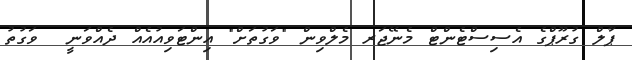
ޕާލް ގުރޫޕްގެ އެސިސްޓެންޓް މެނޭޖަރ މެލްވިން "ވަގުތަށް" އިންޓަވިއުއެއް ދެއްވަނީ  ވަގުތު